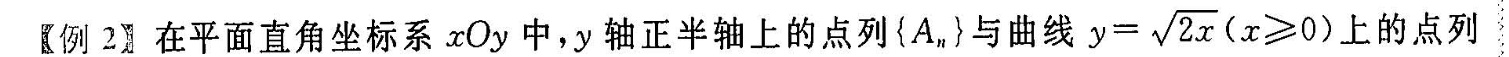
(例2)在平面直角坐标系xOy中，y轴正半轴上的点列{A_{n]}与曲线$$y=\sqrt{2x}(x\ge0)$$上的点列